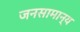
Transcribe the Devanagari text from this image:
जनसामान्‍य